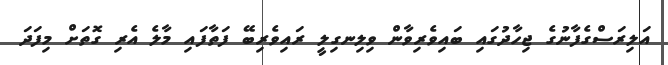
އަލިރަސްގެފާނުގެ ޖިހާދުގައި ބައިވެރިވާން ވިލިނގިލީ ރައިވެރިބޭ ފަތާފައި މާލެ އެރި ގޮތަށް މިފަދަ